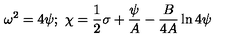
\omega ^ { 2 } = 4 \psi ; \ \chi = { \frac { 1 } { 2 } } \sigma + { \frac { \psi } { A } } - { \frac { B } { 4 A } } \ln 4 \psi